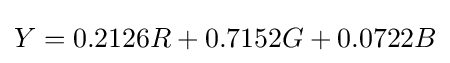
Y=0.2126R+0.7152G+0.0722B